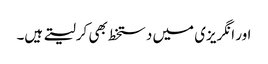
اور انگریزی میں دستخط بھی کرلیتے ہیں۔